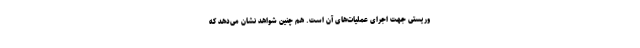
وریستی جهت اجرای عملیات‌های آن است. هم چنین شواهد نشان می‌دهد که